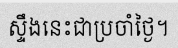
ស្ទឹងនេះជាប្រចាំថ្ងៃ។